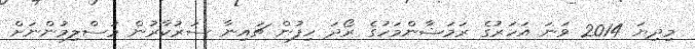
މިދިޔަ 2014 ވަނަ އަހަރުގެ ރަމަޟާންމަހުގެ ރޯދަ ހިފުން ޗައިނާ ސަރުކާރުން މުސްލިމުންނަށް